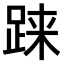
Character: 𫏌